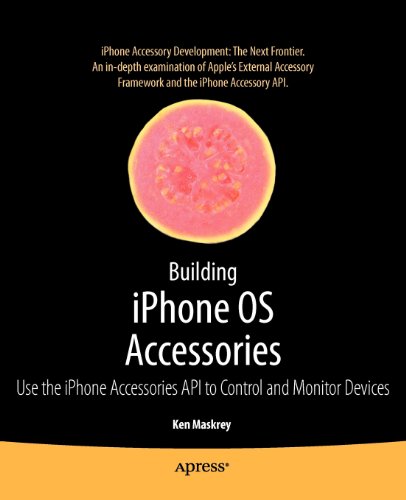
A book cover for Building iPhone OS Accessories: Use the iPhone Accessories API to Control and Monitor Devices (Books for Professionals by Professionals); Ken Maskrey; Computers & Technology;